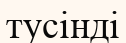
тусінді